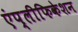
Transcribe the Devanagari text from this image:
एंप्लीफिकेशन